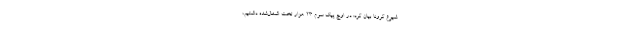
شیوع کرونا بیان کرد: در اوج پیک سوم ٢٣ هزار تخت اشغال‌شده داشتیم،